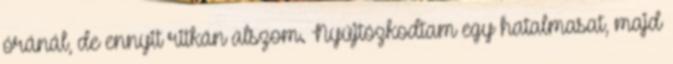
óránál, de ennyit ritkán alszom. Nyújtózkodtam egy hatalmasat, majd